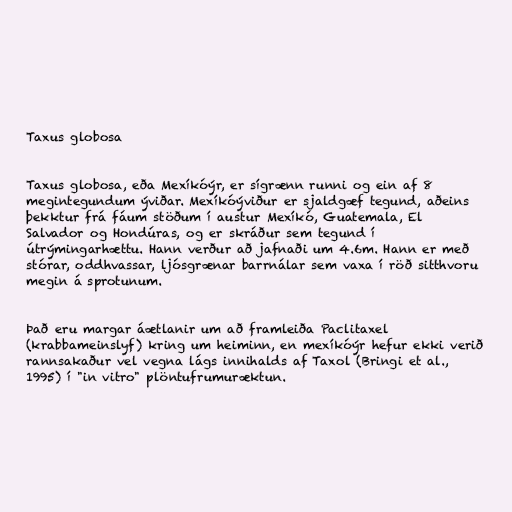
Taxus globosa

Taxus globosa, eða Mexíkóýr, er sígrænn runni og ein af 8
megintegundum ýviðar. Mexíkóýviður er sjaldgæf tegund, aðeins
þekktur frá fáum stöðum í austur Mexíkó, Guatemala, El
Salvador og Hondúras, og er skráður sem tegund í
útrýmingarhættu. Hann verður að jafnaði um 4.6m. Hann er með
stórar, oddhvassar, ljósgrænar barrnálar sem vaxa í röð sitthvoru
megin á sprotunum.

Það eru margar áætlanir um að framleiða Paclitaxel
(krabbameinslyf) kring um heiminn, en mexíkóýr hefur ekki verið
rannsakaður vel vegna lágs innihalds af Taxol (Bringi et al.,
1995) í "in vitro" plöntufrumuræktun.